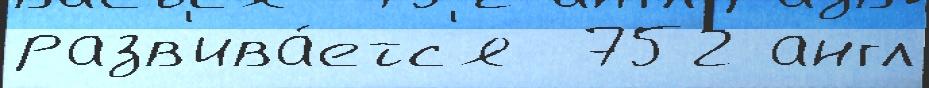
разв'ива́етс'я  752 англ